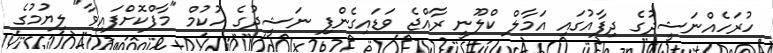
ހުރަހެއްނަޝީދުގެ ދިފާއުގައި އަމާލް ކްލޫނީ ރާއްޖެ ވަޑައިގެންފި ނަޝީދުގެ ހުކުމް "މާފްކޮށްފައިވާ" ލިޔުމުގެ